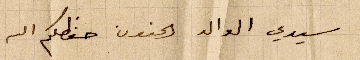
سيدي الوالد الحنون حفظكم الله